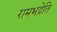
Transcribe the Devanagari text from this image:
रामभद्रेति